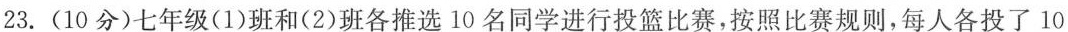
23.(10分)七年级(1)班和(2)班各推选10名同学进行投篮比赛，按照比赛规则，每人各投了10